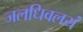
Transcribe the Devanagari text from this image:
जलधिवलयं